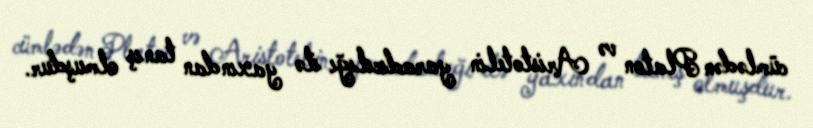
cümlədən Platon və Aristotelin yaradıcılığı ilə yaxından tanış olmuşdur.